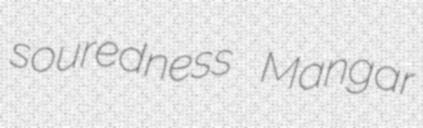
souredness Mangar